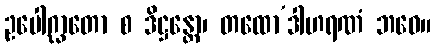
ဥပေါဂ္ဃာတော စ ဒိဋ္ဌန္တော၊ တထော’ဒါဟရဏံ ဘဝေ။